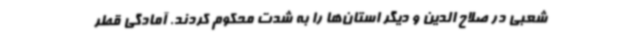
شعبی در صلاح الدین و دیگر استان‌ها را به شدت محکوم کردند. آمادگی قطر